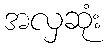
အလှဆုံး